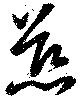
慈